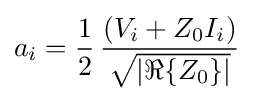
a_{i}={\frac {1}{2}}\,{\frac {(V_{i}+Z_{0}I_{i})}{\sqrt {\left|\Re \{Z_{0}\}\right|}}}